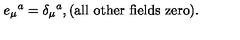
e _ { \mu } { } ^ { a } = \delta _ { \mu } { } ^ { a } , ( \mathrm { a l l \ o t h e r \ f i e l d s \ z e r o } ) .